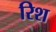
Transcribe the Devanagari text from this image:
रिश